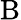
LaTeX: \mathrm{B}